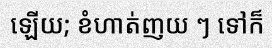
ឡើយ; ខំហាត់ញយ ៗ ទៅក៏